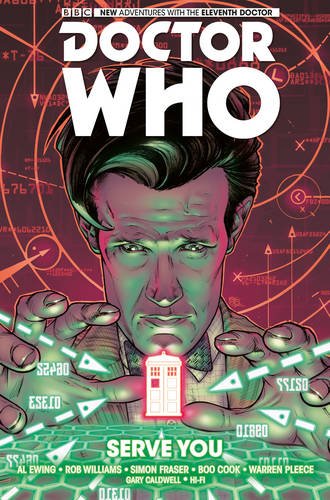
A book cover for Doctor Who: The Eleventh Doctor Vol.2; Al Ewing; Comics & Graphic Novels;